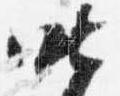
昨